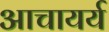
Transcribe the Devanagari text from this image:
आचायर्य